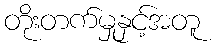
တိုးတက်မှုနှင့်အတူ